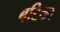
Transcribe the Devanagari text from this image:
बटिका